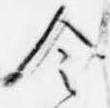
令